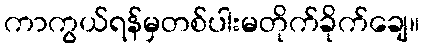
ကာကွယ်ရန်မှတစ်ပါးမတိုက်ခိုက်ချေ။